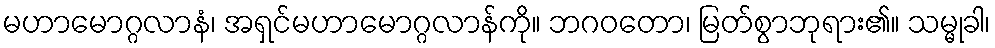
မဟာမောဂ္ဂလာနံ၊ အရှင်မဟာမောဂ္ဂလာန်ကို။ ဘဂဝတော၊ မြတ်စွာဘုရား၏။ သမ္မုခါ၊